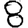
Digit: 8